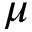
\mu